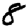
Digit: 8